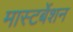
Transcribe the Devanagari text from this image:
मास्टर्बेशन